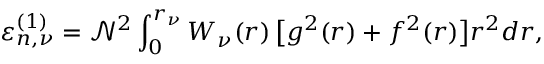
\varepsilon _ { n , \nu } ^ { ( 1 ) } = \mathcal { N } ^ { 2 } \int _ { 0 } ^ { r _ { \nu } } W _ { \nu } ( r ) \, \big [ g ^ { 2 } ( r ) + f ^ { 2 } ( r ) \big ] r ^ { 2 } d r ,